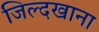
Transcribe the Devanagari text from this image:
जिल्दखाना